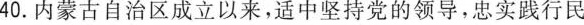
40. 内蒙古自治区成立以来，适中坚持党的领导，忠实践行民